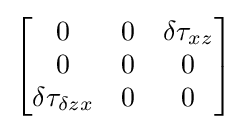
\left[{\begin{matrix}0&0&{\delta \tau _{xz}}\\0&0&0\\\delta {\tau }_{\delta {zx}}&0&0\\\end{matrix}}\right]